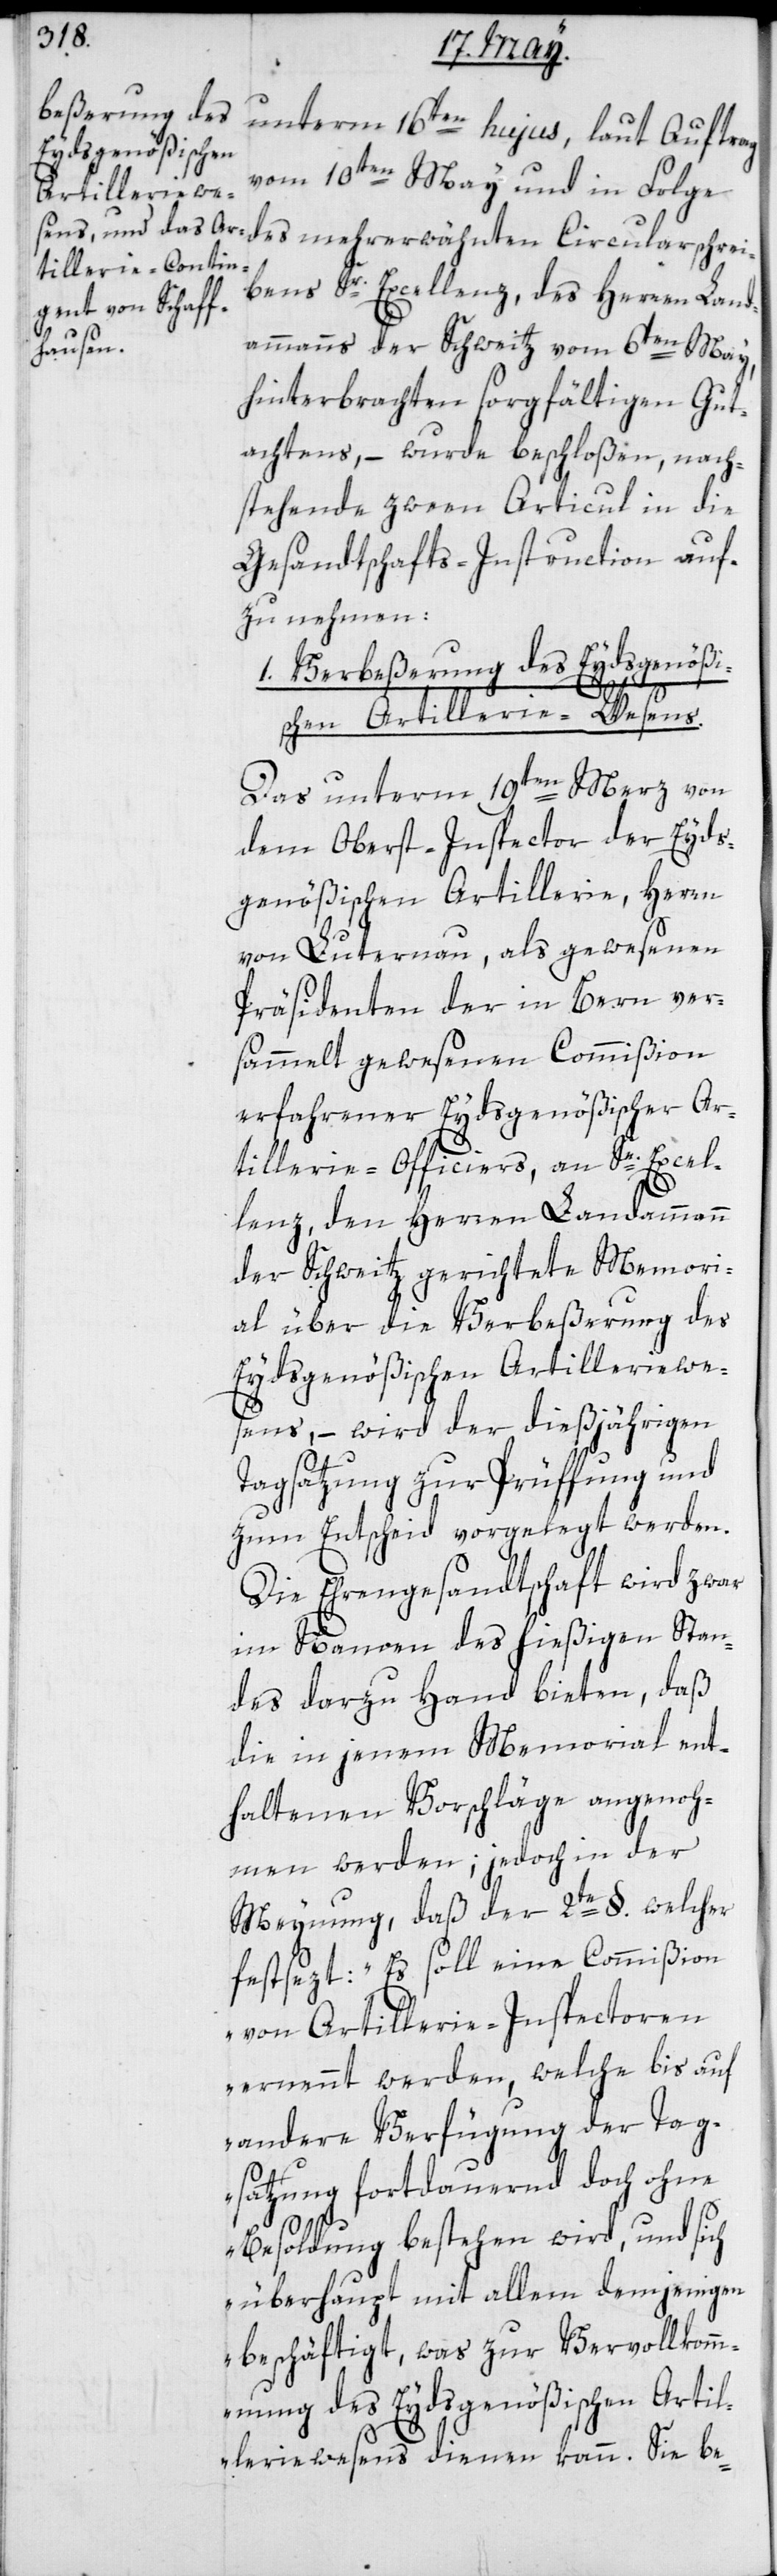
unterm 16ten hujus, laut Auftrag
vom 10ten May und in Folge
des mehrerwähnten Circularschrei¬
bens Sr. Excellenz des Herren Land¬
ammanns der Schweitz vom 6ten May,
hinterbrachten sorgfältigen Gut¬
achtens, – wurde beschloßen, nach¬
stehende zween Articul in die
Gesandtschafts-Instruction auf¬
zunehmen:
1. Verbeßerung des Eydsgenößi¬
schen Artillerie-Wesens.
Das unterm 19ten Merz von
dem Oberst-Inspector der Eyds¬
genößischen Artillerie, Herrn
von Luternau, als gewesenen
Präsidenten der in Bern ver¬
sammelt gewesenen Commißion
erfahrener Eydsgenößischer Ar¬
tillerie-Officiers, an Se. Excel¬
lenz, den Herren Landammann
der Schweitz gerichtete Memori¬
al über die Verbeßerung des
Eydsgenößischen Artilleriewe¬
sens, – wird der dießjährigen
Tagsatzung zur Prüffung und
zum Entscheid vorgelegt werden.
Die Ehrengesandtschaft wird zwar
im Namen des hießigen Stan¬
des darzu Hand bieten, daß
die in jenem Memorial ent¬
haltenen Vorschläge angenoh¬
men werden, jedoch in der
Meynung, daß der 2te §. welcher
festsezt: „Es soll eine Commißion
von Artillerie-Inspectoren
ernennt werden, welche bis auf
andere Verfügung der Tag¬
satzung fortdauernd doch ohne
Besoldung bestehen wird, und sich
überhaupt mit allem demjenigen
beschäftigt, was zur Vervollkomm¬
nung des Eydsgenößischen Artil¬
leriewesens dienen kann. Sie be-